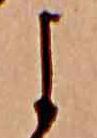
よ